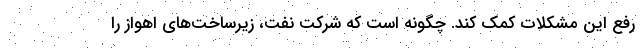
رفع این مشکلات کمک کند. چگونه است که شرکت نفت، زیرساخت‌های اهواز را